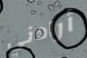
أرادني